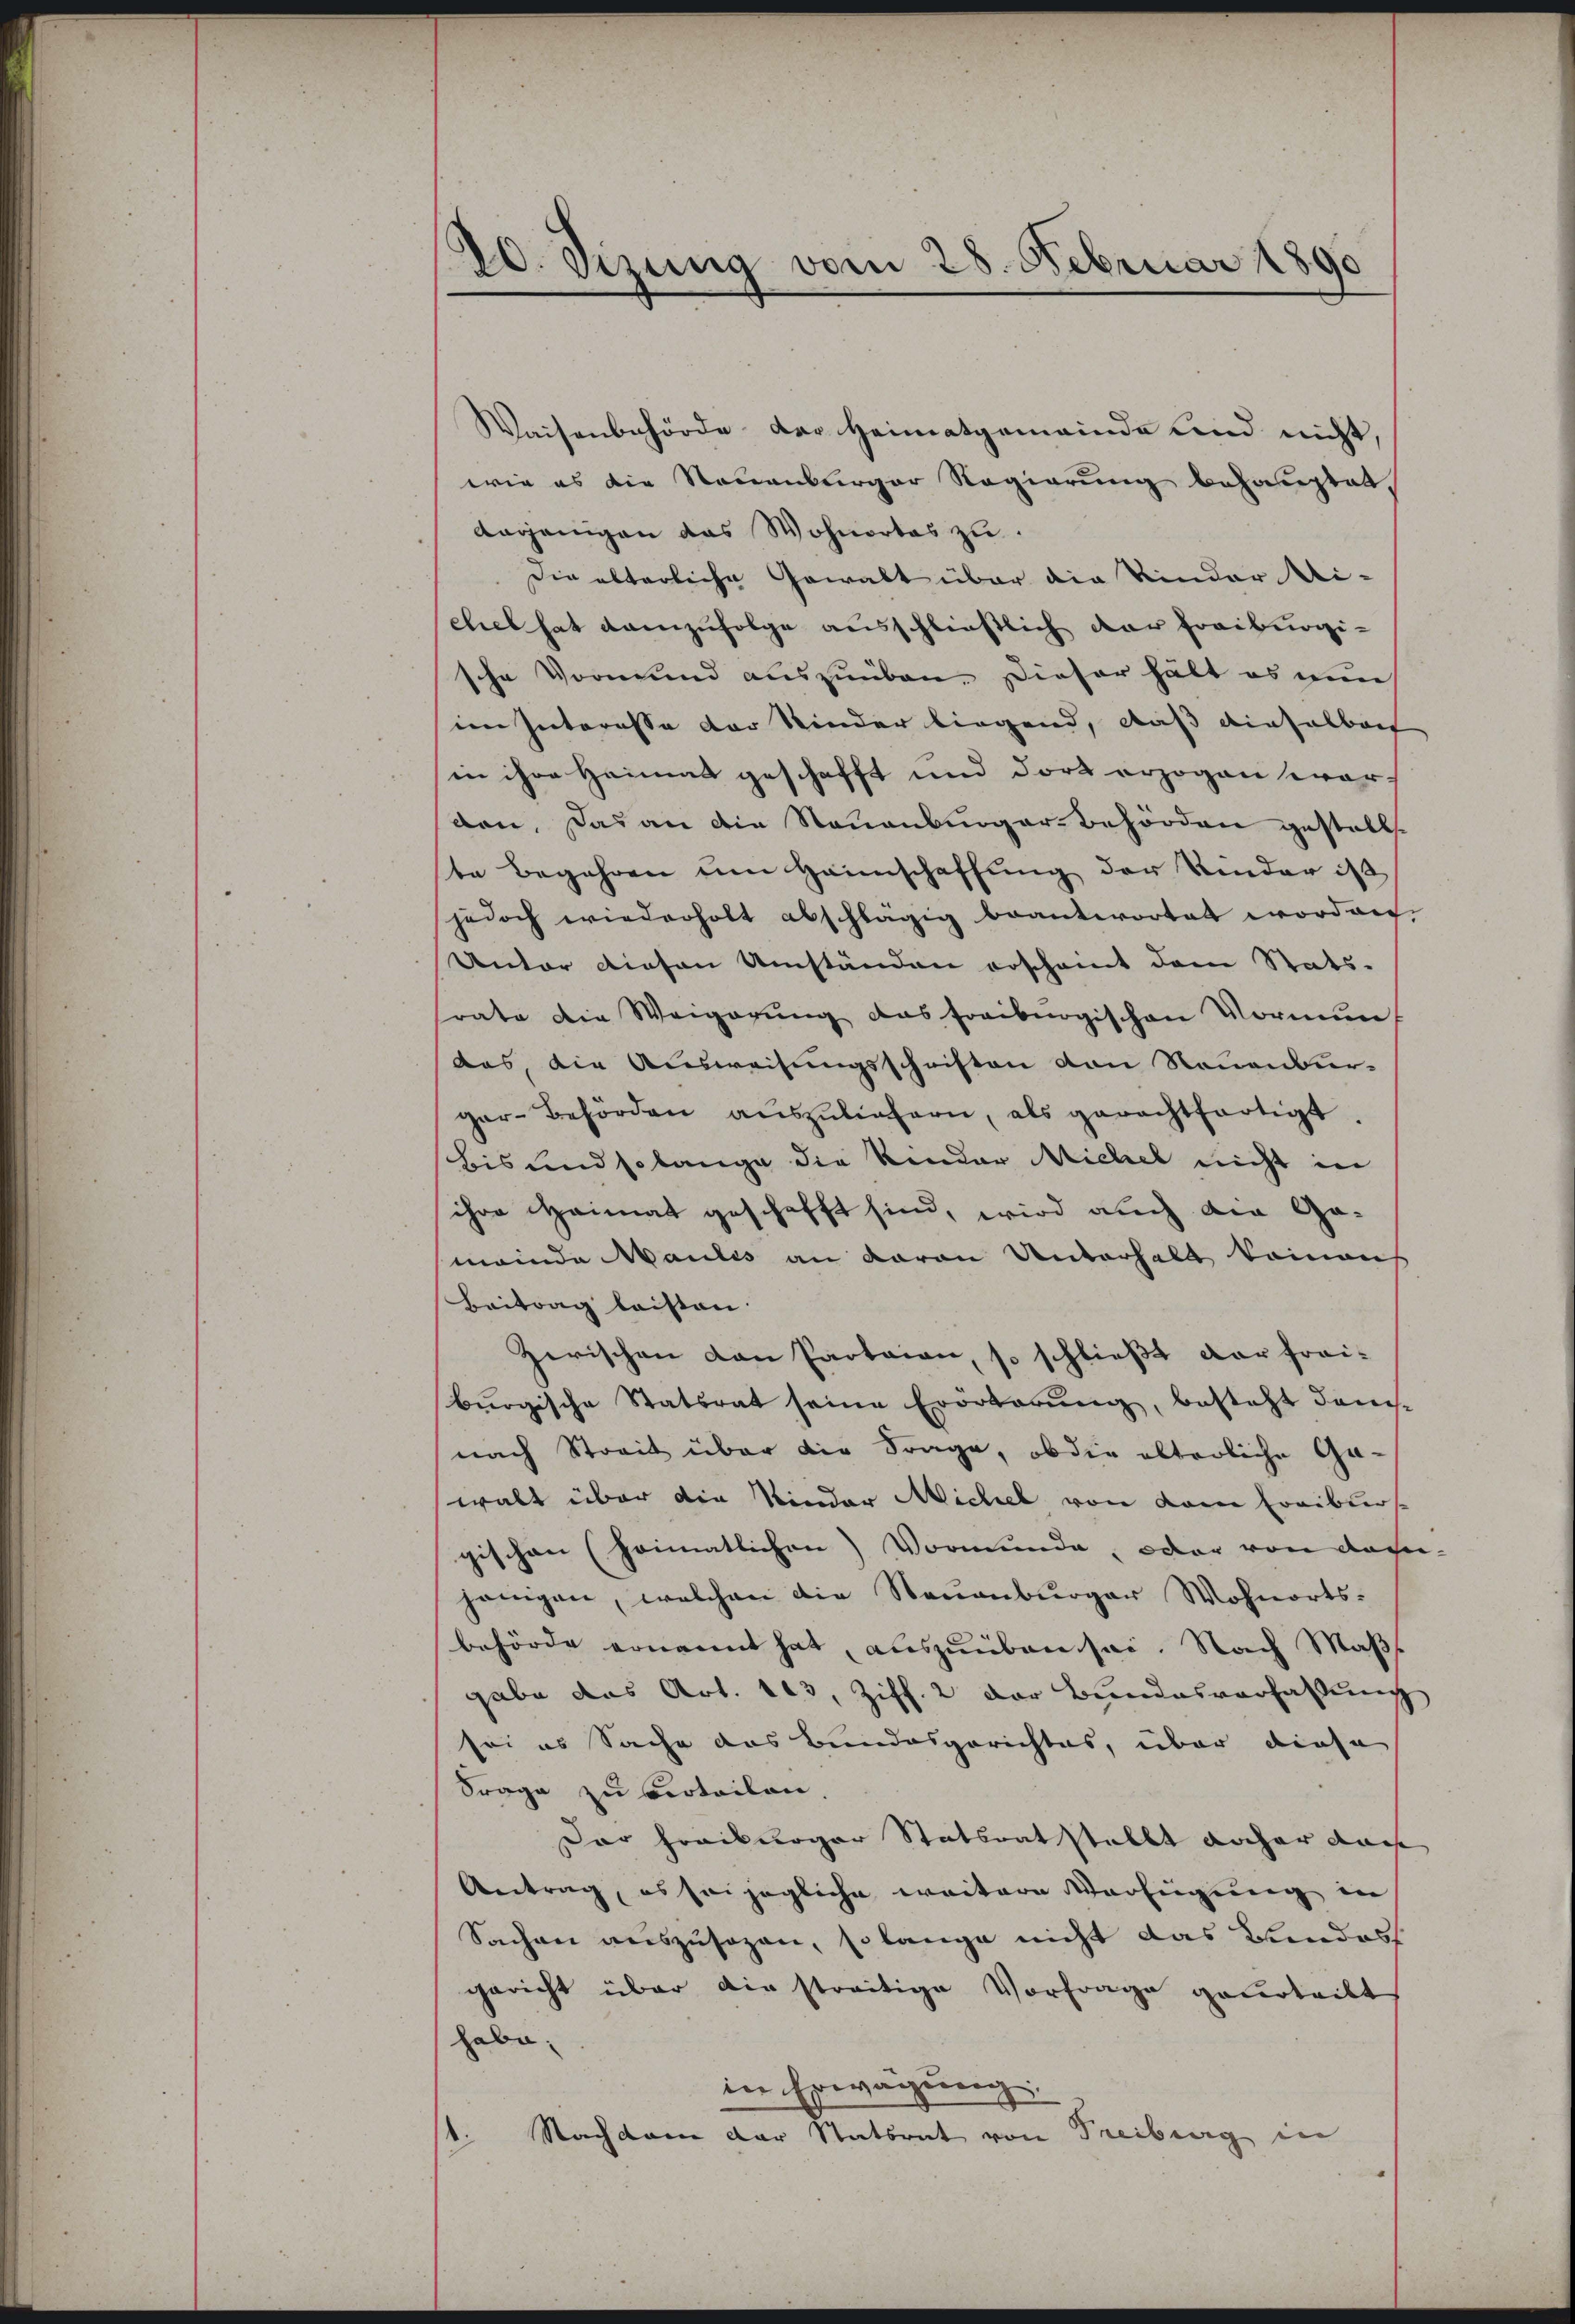
20. Sizung vom 28. Februar 1890

Waisenbehörde der Heimatgemeinde und nicht,
wie es die Neuenburger Regierung behauptet,
derjenigen das Wohnortes zu.
Die alterliche Gewalt über die Kinder Mi-
chel hat demzufolge ausschließlich der Freiburgische Vormund auszuüben. Dieser hält es nun
im Interesse der Kinder liegend, daß dieselbert
in ihre Heimat geschafft und dort erzogen worden. Das an die Neuenburger-Behörden gestellt.
te Begehren um Heimschaffung der Kinder ist
jedoch wiederholt abschlägig beantwortet worden,
Unter diesen Umständen erscheint dem Stats-
srate die Weigerŭng das Freiburgischen Vormun
das, die Ausweisungsschriften von Neuenburger-Behörden aŭszŭliefern, als gerechtfertigt.
bis und so lange die Kinder Michel nicht in
ihre Heimat geschafft sind, wird auch die Ge-
meinde Maules an davon Unterhalt keinen
Beitrag leisten.
Zerischen von Parteien, so schließt dar frai-
bürgische Statsrat seine Erörterŭng, besteht dans-
nach Streit über die Frage, ob die alterliche Ga-
walt über die Kinder Michel von dem Freibersgischen (hoimatlichen) Vormunde, oder von dasijenigen, welchen die Neuenburger Wohnorts-
behörde ernannt hat, auszuüben sei. Nach Maßgabe das Art. 103, Ziff. 2 der Bundesverfassung
sei es Sache das Bundesgerichtes, über diese
Frage zu verteilen.
Dar Freiburger Statsrat stellt aucher auch
Antrag, es seizügliche weiteren Verfügung in
Sachen auszusagen, so lange nicht das Bundesf
gericht über die streitige Vorfrage geurteilt
habe;
in Erwägung
Nachdem der Statsrat von Treiburg in
.